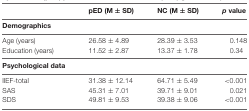
<table><thead><tr><td></td><td><b>pED (M ± SD)</b></td><td><b>NC (M ± SD)</b></td><td><b><i>p</i> value</b></td></tr></thead><tbody><tr><td><b>Demographics</b></td><td></td><td></td><td></td></tr><tr><td>Age (years)</td><td>26.58 ± 4.89</td><td>28.39 ± 3.53</td><td>0.148</td></tr><tr><td>Education (years)</td><td>11.52 ± 2.87</td><td>13.37 ± 1.78</td><td>0.34</td></tr><tr><td><b>Psychological data</b></td><td></td><td></td><td></td></tr><tr><td>IIEF-total</td><td>31.38 ± 12.14</td><td>64.71 ± 5.49</td><td>&lt;0.001</td></tr><tr><td>SAS</td><td>45.31 ± 7.01</td><td>39.71 ± 9.01</td><td>0.021</td></tr><tr><td>SDS</td><td>49.81 ± 9.53</td><td>39.38 ± 9.06</td><td>&lt;0.001</td></tr></tbody></table>